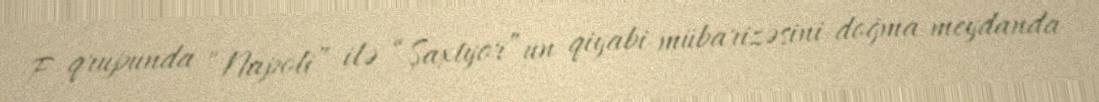
F qrupunda “Napoli” ilə “Şaxtyor”un qiyabi mübarizəsini doğma meydanda